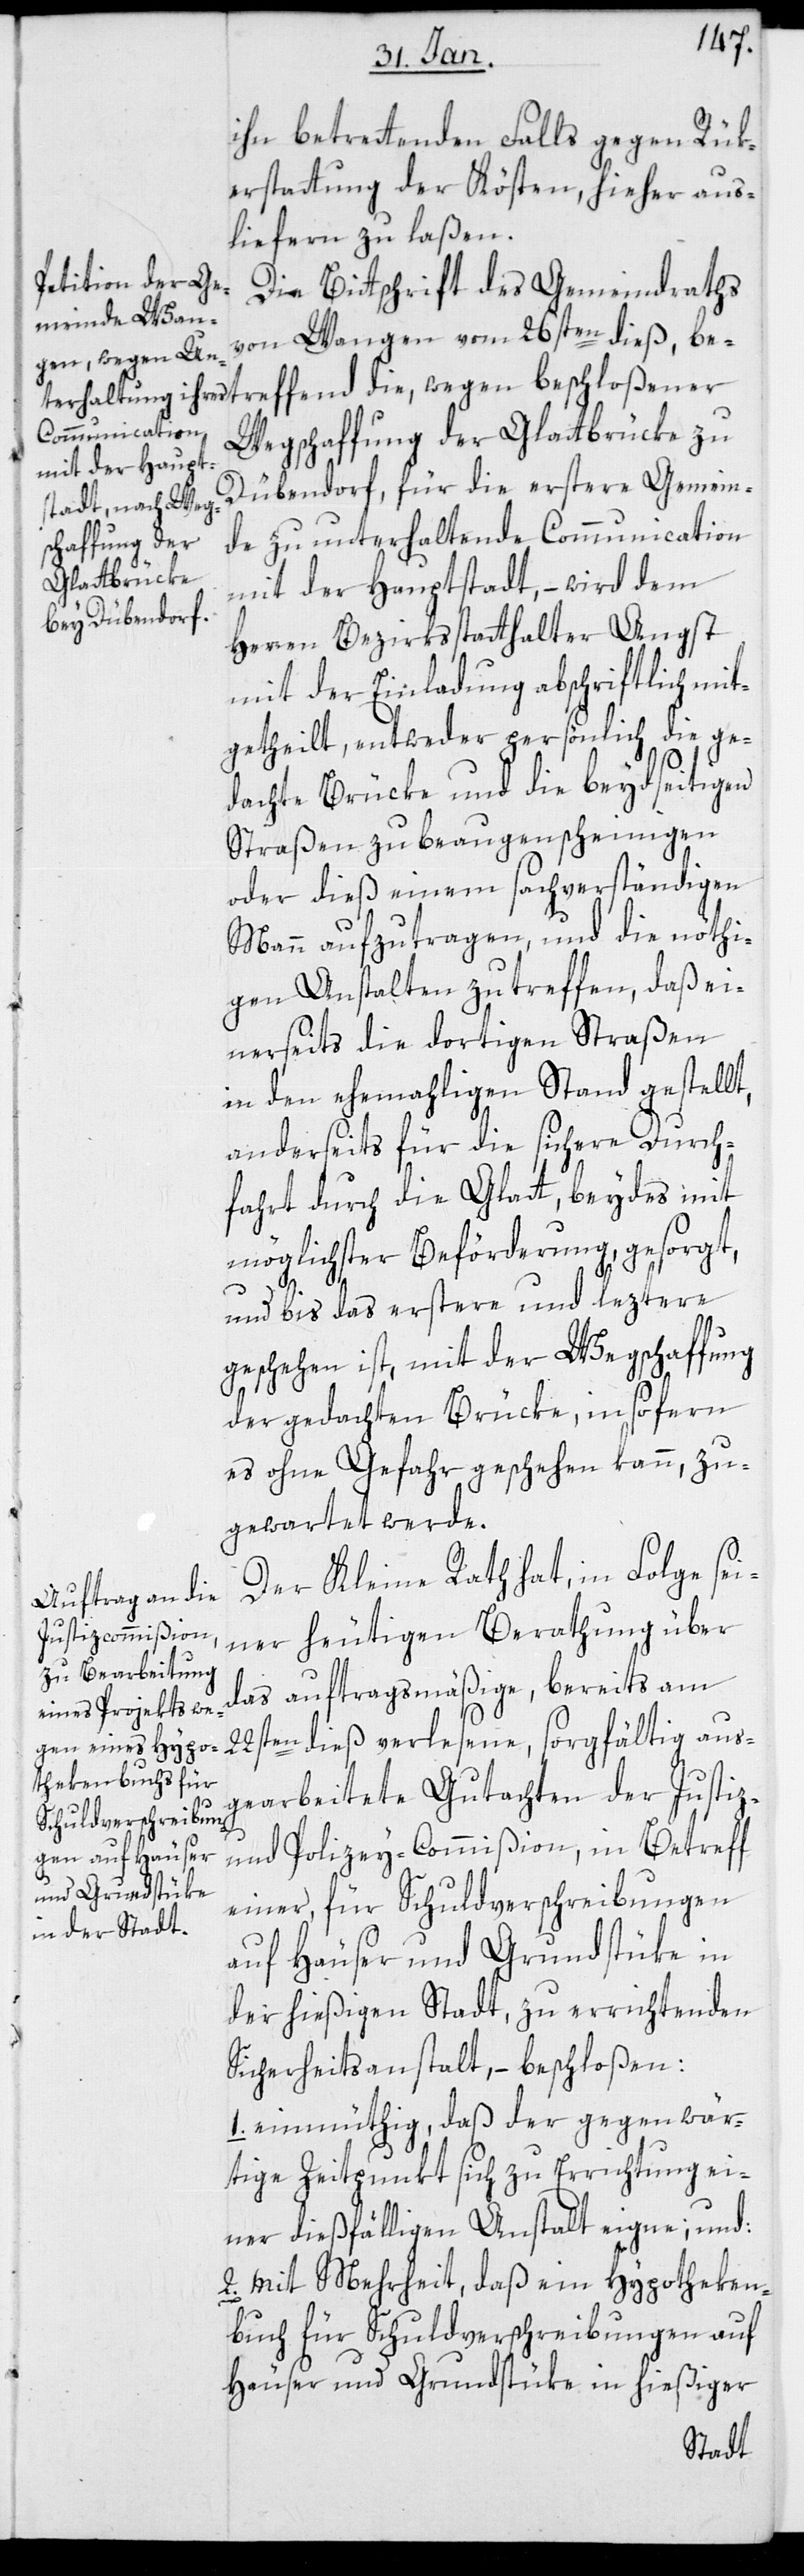
ihn betretenden Falls gegen Rük¬
erstattung der Kösten, hieher aus¬
liefern zu laßen.
Die Bittschrift des Gemeindraths
von Wangen vom 26sten dieß, be¬
Wegschaffung der Glattbrücke zu
Dübendorf, für die erstere Gemein¬
de zu unterhaltende Communication
mit der Hauptstadt, – wird dem
Herren Bezirksstatthalter Angst
mit der Einladung abschriftlich mit¬
getheilt, entweder persönlich die ge¬
dachte Brücke und die beydseitigen
Straßen zu beaugenscheinigen,
oder dies einem sachverständigen
Mann aufzutragen, und die nöthi¬
gen Anstalten zu treffen, daß ei¬
nerseits die dortigen Straßen
in den ehemaligen Stand gestellt,
anderseits für die sichere Durch¬
fahrt durch die Glatt, beydes mit
möglichster Beförderung, gesorgt,
treffend
und bis das erstere und eeztere
geschehen ist, mit der Wegschaffung
der gedachten Brücke, insofern
es ohne Gefahr geschehen kann, zu¬
gewartet werde.
Der Kleine Rath hat, in Folge sei¬
ner heutigen Berathung über
das auftragsmäßige, bereits am
22sten dieß verlesene, sorgfältig aus¬
gearbeitete Gutachten der Justiz-
und Polizey-Commißion, in Betreff
einer, für Schuldverschreibungen
auf Häuser und Grundstüke in
der hießigen Stadt, zu errichtenden
Sicherheitsanstalt, – beschloßen:
1. einmüthig, daß der gegenwär¬
tige Zeitpunkt sich zu Errichtung ei¬
ner dießfälligen Anstalt eigne; und:
2. mit Mehrheit, daß ein Hypotheken¬
buch für Schuldverschreibungen auf
Häuser und Grundstüke in hießiger